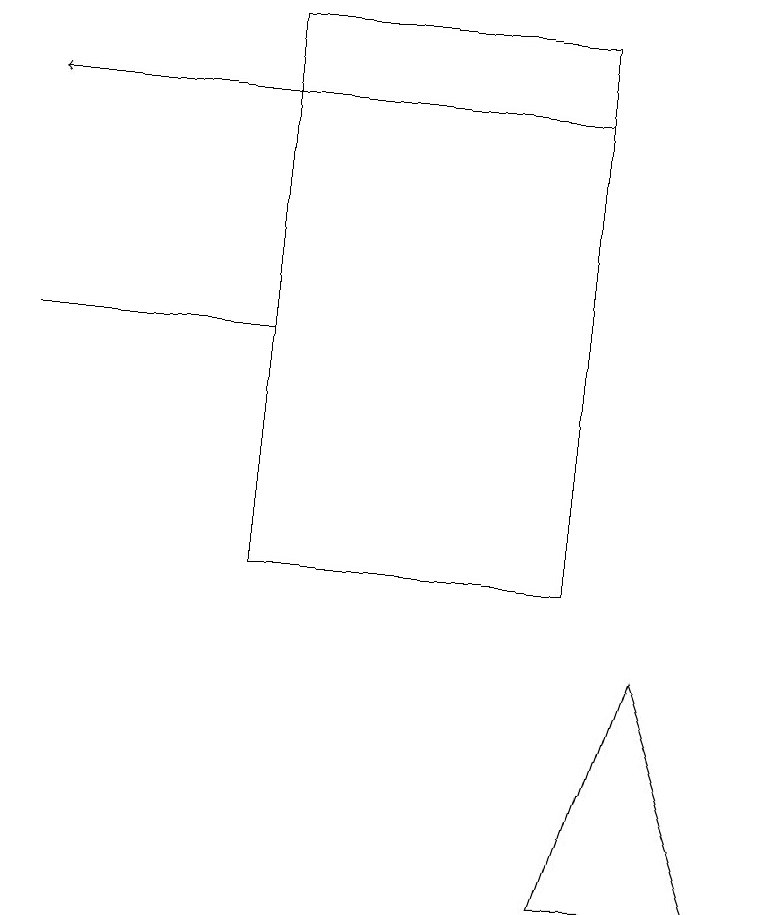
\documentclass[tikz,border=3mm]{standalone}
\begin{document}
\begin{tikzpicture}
\draw (3,17) rectangle (7,10);
\draw (3,13) rectangle (0,13);
\draw[->] (7,16) -- (0,16);
\draw (9,6) -- (8,9) -- (7,6) -- cycle;
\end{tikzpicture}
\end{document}